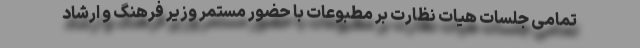
تمامی جلسات هیات نظارت بر مطبوعات با حضور مستمر وزیر فرهنگ و ارشاد